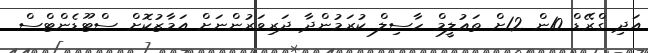
އަދި ގްރޭޑް 10ން 12ށް ތަޢުލީމް ހާސިލް ކުރަމުންދާ ދަރިވަރުންނަށް އަމާޒުކޮށް ސްޓޫޑެންޓްސް